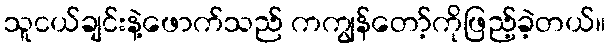
သူငယ်ချင်းနဲ့ဖောက်သည် ကကျွန်တော့်ကိုဖြည့်ခဲ့တယ်။